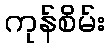
ကုန်စိမ်း